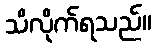
သိလိုက်ရသည်။